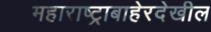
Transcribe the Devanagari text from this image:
महाराष्ट्राबाहेरदेखील